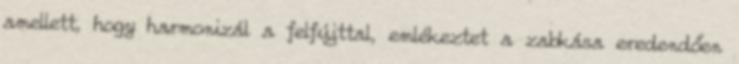
amellett, hogy harmonizál a felfújttal, emlékeztet a zabkása eredendően